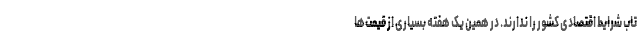
تاب شرایط اقتصادی کشور را ندارند. در همین یک هفته بسیاری از قیمت‌ها